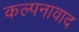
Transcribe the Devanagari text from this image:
कल्पनावाद